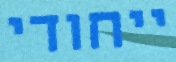
ייחודי